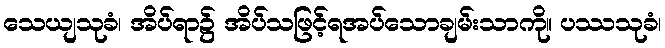
သေယျသုခံ၊ အိပ်ရာ၌ အိပ်သဖြင့်ရအပ်သောချမ်းသာကို။ ပဿသုခံ၊